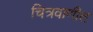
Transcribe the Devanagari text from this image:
चित्रवाणीत